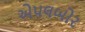
એપલબોર